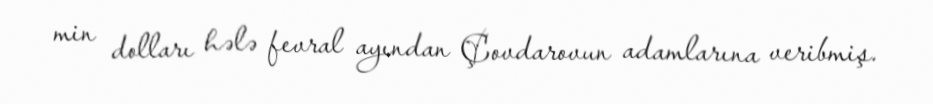
min dolları hələ fevral ayından Çovdarovun adamlarına veribmiş.